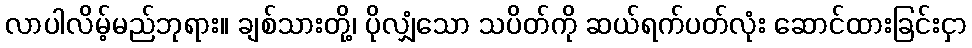
လာပါလိမ့်မည်ဘုရား။ ချစ်သားတို့၊ ပိုလျှံသော သပိတ်ကို ဆယ်ရက်ပတ်လုံး ဆောင်ထားခြင်းငှာ